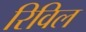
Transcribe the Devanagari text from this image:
रिविल